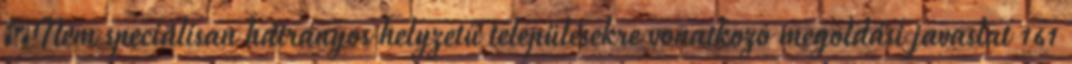
▪Nem speciálisan hátrányos helyzetű településekre vonatkozó megoldási javaslat 161